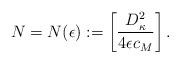
LaTeX: \begin{align*}N=N(\epsilon):=\left[\frac{D_{\kappa}^2}{4\epsilon c_{M}}\right].\end{align*}